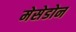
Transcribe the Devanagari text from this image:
मेसेडोन